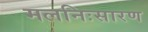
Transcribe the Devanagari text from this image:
मलनिःसारण